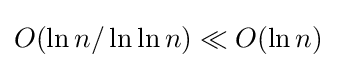
O(\ln n/\ln \ln n)\ll O(\ln n)